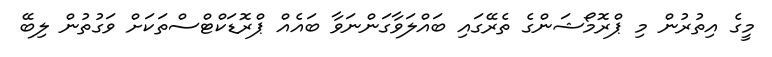
މީގެ އިތުރުން މި ޕްރޮމޯޝަންގެ ތެރޭގައި ބައްލަވާގަންނަވާ ބައެއް ޕްރޮޑަކްޓްސްތަކަށް ވަގުތުން ލިބޭ